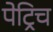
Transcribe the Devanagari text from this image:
पेट्रिच